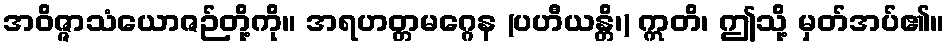
အဝိဇ္ဇာသံယောဇဉ်တို့ကို။ အရဟတ္တမဂ္ဂေန (ပဟီယန္တိ၊) ဣတိ၊ ဤသို့ မှတ်အပ်၏။